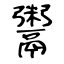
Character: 鬻